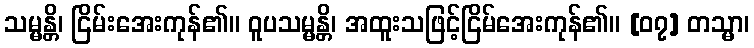
သမ္မန္တိ၊ ငြိမ်းအေးကုန်၏။ ဝူပသမ္မန္တိ၊ အထူးသဖြင့်ငြိမ်အေးကုန်၏။ [၀၇] တသ္မာ၊